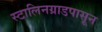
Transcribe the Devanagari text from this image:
स्टालिनग्राडपासून